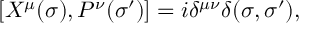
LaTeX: [ X ^ { \mu } ( \sigma ) , P ^ { \nu } ( \sigma ^ { \prime } ) ] = i \delta ^ { \mu \nu } \delta ( \sigma , \sigma ^ { \prime } ) ,